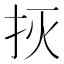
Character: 𱟭